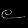
Digit: ၉